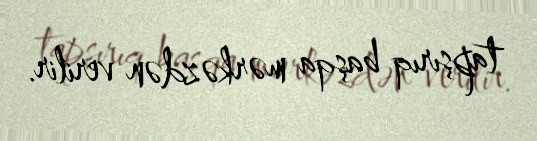
tapşırıq başqa mərkəzdən verilir.